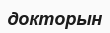
докторын